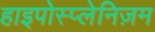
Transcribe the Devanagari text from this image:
हाइपोस्प्लेनिज़म